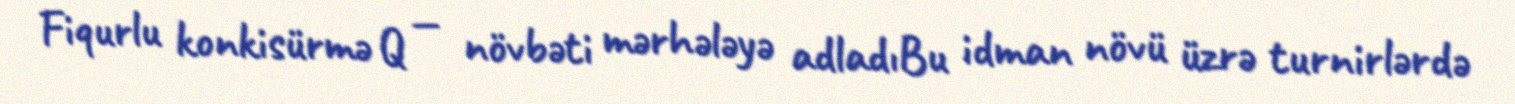
Fiqurlu konkisürmə Q — növbəti mərhələyə adladıBu idman növü üzrə turnirlərdə